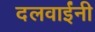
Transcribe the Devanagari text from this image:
दलवाईंनी